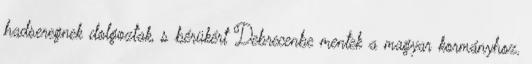
hadseregnek dolgoztak, s bérükért Debrecenbe mentek a magyar kormányhoz.